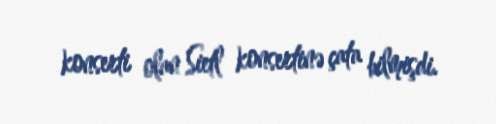
konserti olan Sietl konsertinə çata bilmişdi.